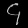
Digit: ၄